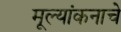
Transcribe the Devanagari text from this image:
मूल्यांकनाचे